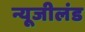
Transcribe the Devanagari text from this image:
न्यूजीलंड